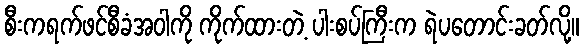
စီးကရက်ဖင်စီခံအဝါကို ကိုက်ထားတဲ့ ပါးစပ်ကြီးက ရဲပတောင်းခတ်လို့။